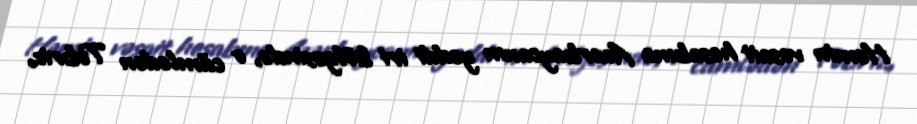
Həmin vəsait hesabına Azərbaycanın yeddi iri bölgəsində, o cümlədən Təbriz,